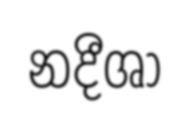
නදීශා